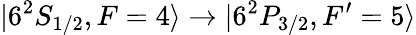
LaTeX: \vert 6^{2}S_{1/2},F=4\rangle\rightarrow\vert 6^{2}P_{3/2},F^{\prime}=5\rangle